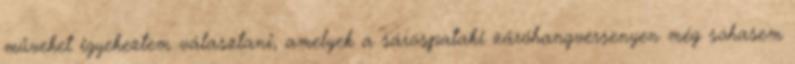
műveket igyekeztem választani, amelyek a sárospataki záróhangversenyen még sohasem